Scottish Leaving Certificate Examination, 1959
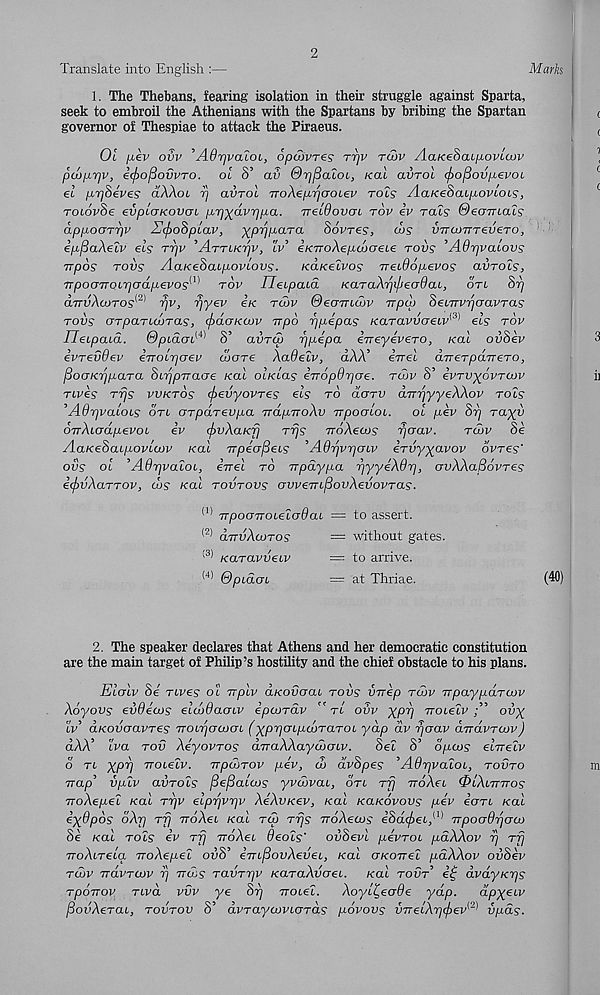
2
Translate into English :—
1. The Thebans, fearing isolation in their struggle against Sparta,
seek to embroil the Athenians with the Spartans by bribing the Spartan
governor of Thespiae to attack the Piraeus.
01 /xev ovv 'AOrjvaloi, opaivres rrjv ra>v AaKeSaipovlcov
pcopr/v, ic^o^ovvTo. oi 8’ av ©pfialou, Kal avrol cjio^ovpevoc
el prjSeves aAAot t) avrol TToXep-rjooLev rots' AaKehaipoviois,
roiovSe evploKovoi p.rj-^dvripa. TrecdovcrL tov iv rats' ©eamals
dppoarrjv Z!(f>o8plav, ^pppara Sevres, cLs inrcorTrevero,
ip-fiaAelv els rrjv ’Alrrt/c^v, tv’ eKiroXepwaeLe rovs ’Adrjvalovs
rrpos rovs AaKeSaipoviovs. Kcueeivos Treidopevos avrols,
TrpocjTTOLrjadpevos^ rov Ileipaia K.araXrpjjea6aL, ort Sr)
aTTvAairos^ pv, r/yev etc rcov Oecnutuv rrpu) SenrvrjcravTas
\
/
I /
\ ( /
1 /
' (3) ’
'
TOVS (JTpaTLCOTCLS, (pCLCTKCOV TTpo r]p,€pas KaTOLVV(J€lV' ' eis TOV
IJeLpcua. ©piaai^ S’ aura) ppepa ejTeyevero, Kal ovSev
ivrevdev eTrolrjaev u>are Aa(9etv, dAA’ errel dverpaTTero,
fiooKrjpara SiTjpTraae Kal oIkuis eTTopdrjije. tlov 8’ evrvypvrcov
rtves rrjs vvktos cfievyovres els to darv drTrjyyeWov rols
’AdrjvaioLS on arpdrevpa rrap-noXv irpoaiOL. oi pev Srj rayy
o-nXiadpevoL iv (f>vXaKjj rrjs voXeais rjerav.
tojv 8e
AaKeSaipovLwv Kal TTpeofSeLS , A6rjvr]aiv irvyyavov ovres'
ovs oi ’AOpvaloL, irrel to irpdypa pyyeXdp, avXXaBovres
e<f>vXaTTOV, cos xal tovtovs avveTnfiovXevovTas.
(1) TTpooTToieluOai = to assert.
(2) cxTrvXcoTos
= without gates.
(3) Karavveiv
= to arrive.
(4) ©piaoi
== at Thriae.
2. The speaker declares that Athens and her democratic constitution
are the main target of Philip’s hostility and the chief obstacle to his plans.
Elcrlv Se rives ot irplv aKodoai tovs virep rdov TTpayparaiv
Xoyovs evOeous elcodacnv ipcordv ” rt ovv yprj rroielv
ovy
tv’ aKovoavTes voLricrcocn (yprjcnpuoTaTOi yap dv rjaav diravTaov)
dAA’ tva tov Xeyovros dTraXXayoooLv.
Set S’ opoos elirelv
6 rt yprj Trotetv. irpcPTOv pev, do dvhpes ’AQrjvaiOL, tovto
Trap’ vplv avTols fiefialcos yveovai, drt rfj rroXei OlXuriros
rroXepel Kal r-pv eiprjvriv XeXvKev, teat kokovovs pev iari. Kal
iyOpos dXrj Tjj rrdXei Kal ra) rrjs TroXeaos e’Sd^>et, (1) Trpoadrjaco
Se Kal toZs iv tt) rroXei deals' oiiSevl pevroi pdXXov t) Trj
TioAtreta iroXepel ouS’ eVt^SouAedet, /cat OKO-nel pdXXov ovSev
tcov TrdvTOJv rj rrdos Tavrr/v /caraAdaet. /cat roar’ it; dvdyKTjs
Tponov TLvd vvv ye Srj TroteZ. Xoyl£,ecrde yap.
dpyeuv
jSodAerat, tovtov S’ dvraya/vtards povovs VTrecXrj(f>ev^ vpds.